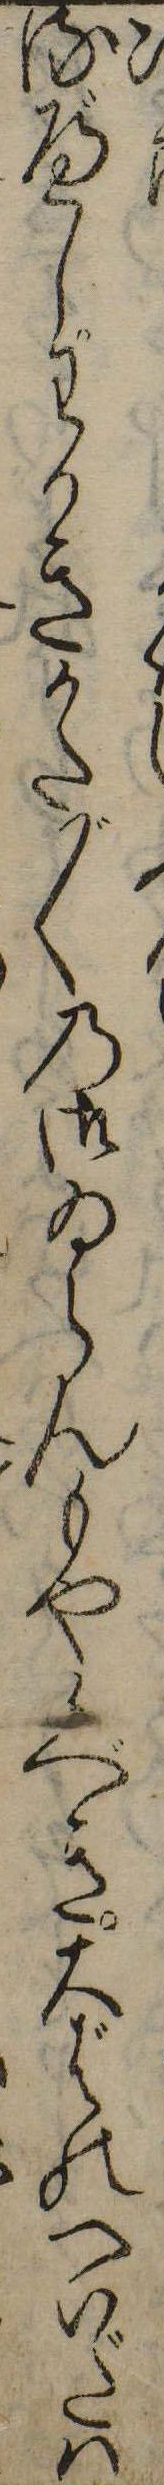
るべしわかきかた〲の御ゐらんもや候べき大ばのへいだは